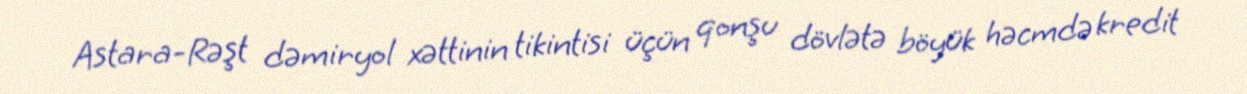
Astara-Rəşt dəmiryol xəttinin tikintisi üçün qonşu dövlətə böyük həcmdə kredit